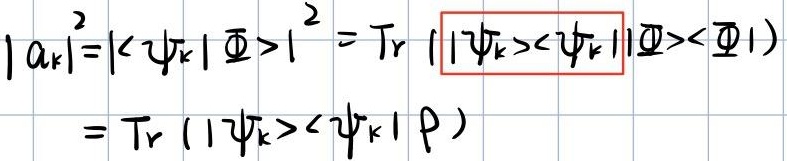
\[
\begin{align*}
|a_{k}|^{2}&=|\langle\psi_{k}|\varPhi\rangle|^{2}=\mathrm{Tr}\ (|\psi_{k}\rangle\langle\psi_{k}||\varPhi\rangle\langle\varPhi|)\\
&=\mathrm{Tr}\ (|\psi_{k}\rangle\langle\psi_{k}|\rho)
\end{align*}
\]